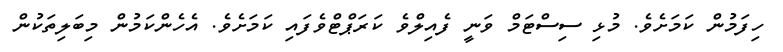
ހިފަމުން ކަމަށެވެ. މުޅި ސިސްޓަމް ވަނީ ފެއިލްވެ ކަރަޕްޓްވެފައި ކަމަށެވެ. އެހެންކަމުން މިބަލިތަކުން